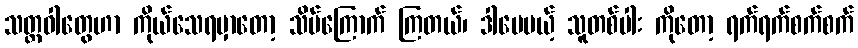
သတ္တဝါတွေဟာ ကိုယ်သေရမှာတော့ သိပ်ကြောက် ကြတယ်၊ ဒါပေမယ့် သူတစ်ပါး ကိုတော့ ရက်ရက်စက်စက်